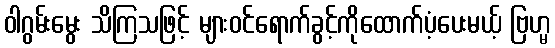
ဝါဂွမ်းမွေး သိကြသဖြင့် များဝင်ရောက်ခွင့်ကိုထောက်ပံ့ပေးမယ့် ဗြဟ္မ